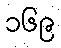
၁၆၉